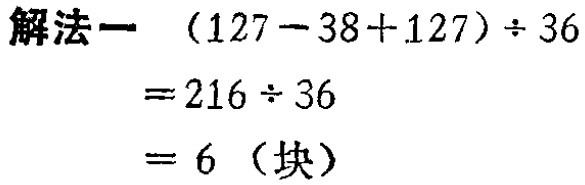
\(
\begin{align*}
&(127 - 38 + 127)\div36\\
=&216\div36\\
=&6 \text{（块）}
\end{align*}
\)